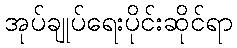
အုပ်ချုပ်ရေးပိုင်းဆိုင်ရာ